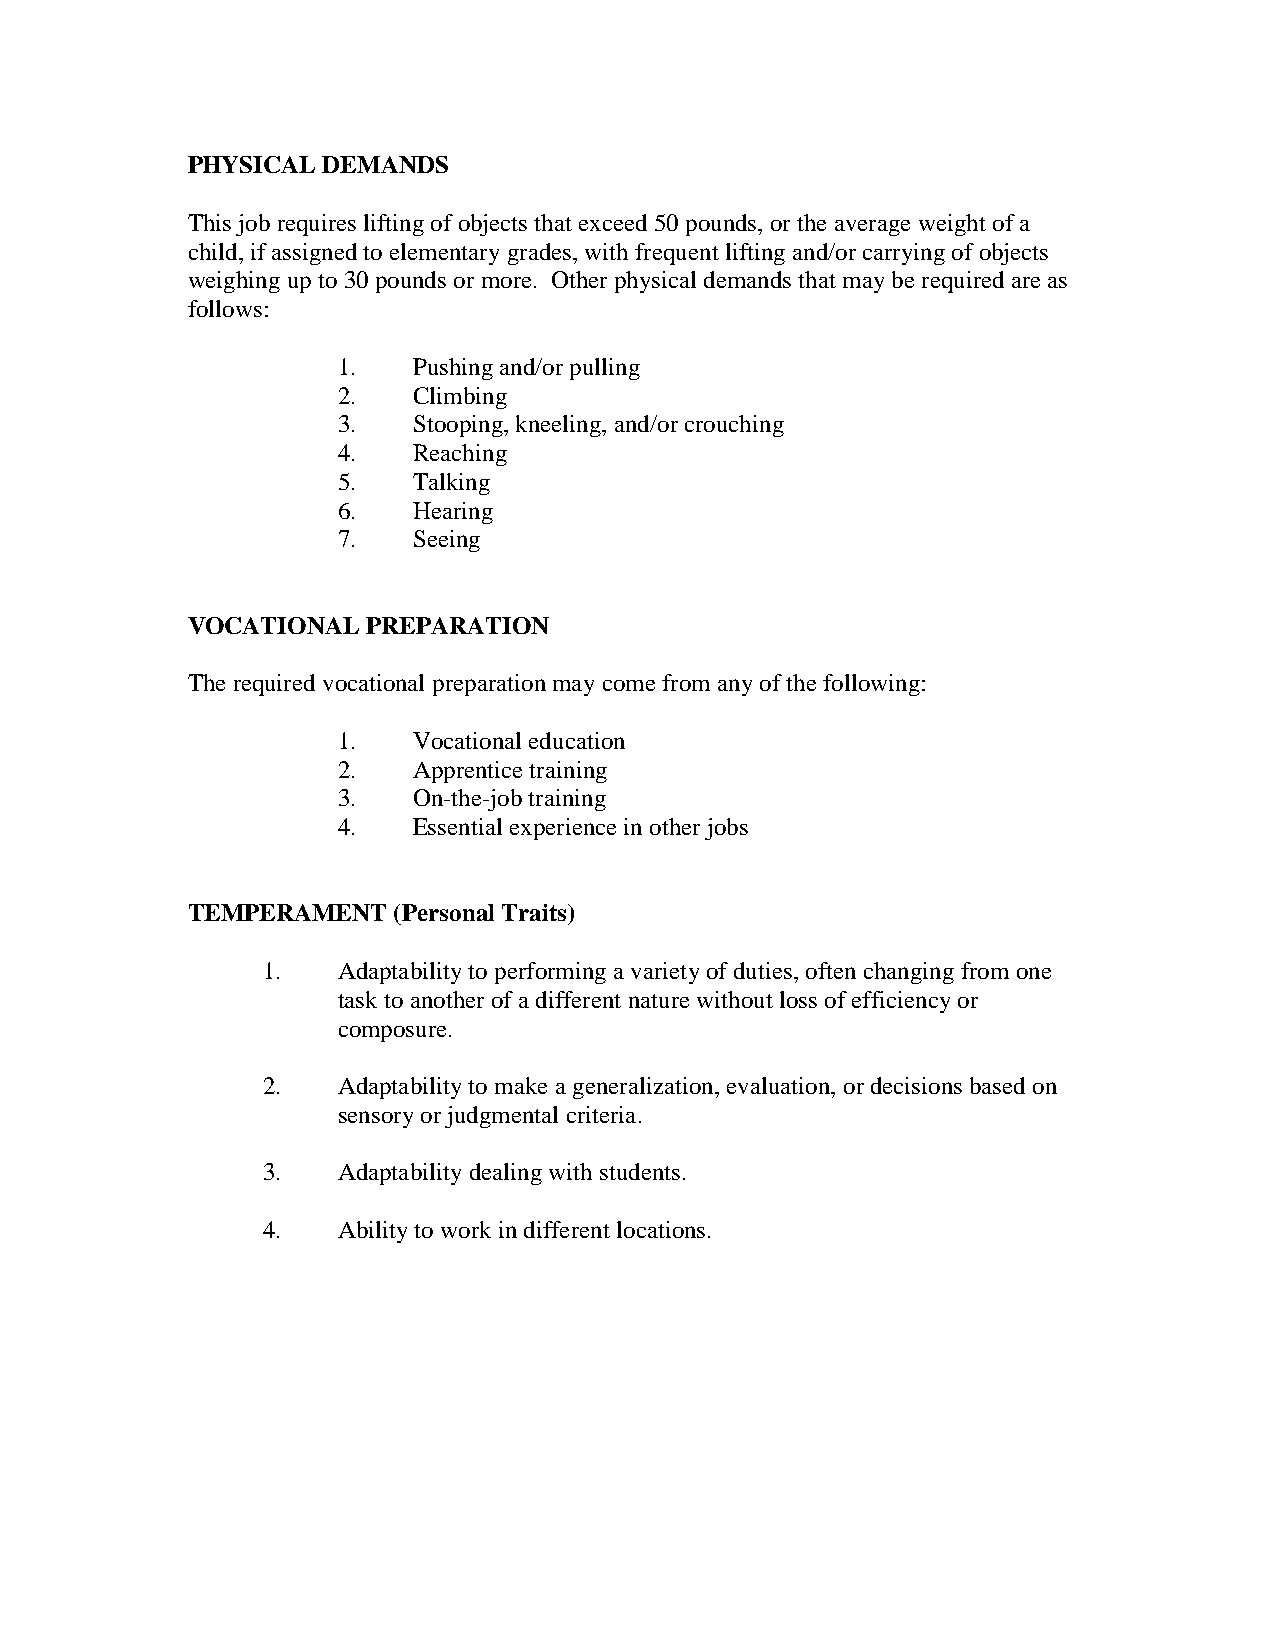
PHYSICAL DEMANDS
 This job requires lifting of objects that exceed 50 pounds, or the average weight of a
 child, if assigned to elementary grades, with frequent lifting and/or carrying of objects
 weighing up to 30 pounds or more. Other physical demands that may be required are as
 follows:
 1.   Pushing and/or pulling
 2.   Climbing
 3.   Stooping, kneeling, and/or crouching
 4.   Reaching
 5.   Talking
 6.   Hearing
 7.   Seeing
 VOCATIONAL  PREPARATION
 The required vocational preparation may come from any of the following:
 1.   Vocational education
 2.   Apprentice training
 3.   On-the-job training
 4.   Essential experience in other jobs
 TEMPERAMENT   (Personal Traits)
 1.   Adaptability to performing a variety of duties, often changing from one
 task to another of a different nature without loss of efficiency or
 composure.
 2.   Adaptability to make a generalization, evaluation, or decisions based on
 sensory or judgmental criteria.
 3.   Adaptability dealing with students.
 4.   Ability to work in different locations.